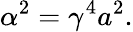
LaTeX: \alpha^{2}=\gamma^{4}a^{2}.